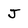
Character: J